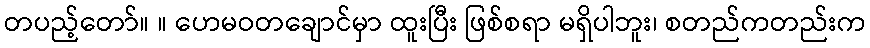
တပည့်တော်။ ။ ဟေမဝတချောင်မှာ ထူးပြီး ဖြစ်စရာ မရှိပါဘူး၊ စတည်ကတည်းက